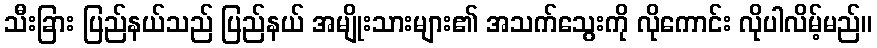
သီးခြား ပြည်နယ်သည် ပြည်နယ် အမျိုးသားများ၏ အသက်သွေးကို လိုကောင်း လိုပါလိမ့်မည်။